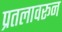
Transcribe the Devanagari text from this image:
प्रतलावरून